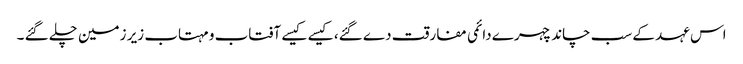
اس عہد کے سب چاند چہرے دائمی مفارقت دے گئے، کیسے کیسے آفتاب و مہتاب زیر زمین چلے گئے ۔